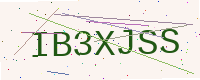
Text: IB3XJSS